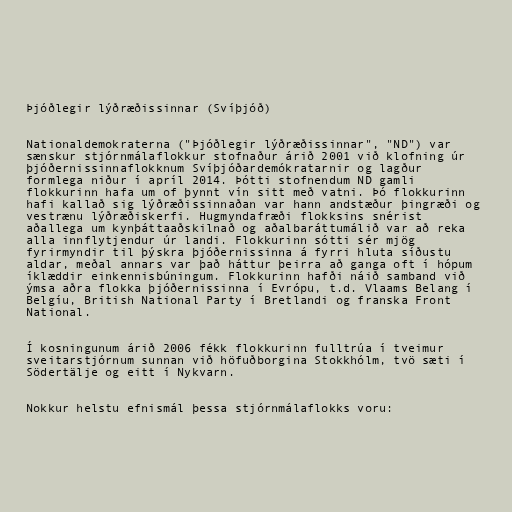
Þjóðlegir lýðræðissinnar (Svíþjóð)

Nationaldemokraterna ("Þjóðlegir lýðræðissinnar", "ND") var
sænskur stjórnmálaflokkur stofnaður árið 2001 við klofning úr
þjóðernissinnaflokknum Svíþjóðardemókratarnir og lagður
formlega niður í apríl 2014. Þótti stofnendum ND gamli
flokkurinn hafa um of þynnt vín sitt með vatni. Þó flokkurinn
hafi kallað sig lýðræðissinnaðan var hann andstæður þingræði og
vestrænu lýðræðiskerfi. Hugmyndafræði flokksins snérist
aðallega um kynþáttaaðskilnað og aðalbaráttumálið var að reka
alla innflytjendur úr landi. Flokkurinn sótti sér mjög
fyrirmyndir til þýskra þjóðernissinna á fyrri hluta síðustu
aldar, meðal annars var það háttur þeirra að ganga oft í hópum
íklæddir einkennisbúningum. Flokkurinn hafði náið samband við
ýmsa aðra flokka þjóðernissinna í Evrópu, t.d. Vlaams Belang í
Belgíu, British National Party í Bretlandi og franska Front
National.

Í kosningunum árið 2006 fékk flokkurinn fulltrúa í tveimur
sveitarstjórnum sunnan við höfuðborgina Stokkhólm, tvö sæti í
Södertälje og eitt í Nykvarn.

Nokkur helstu efnismál þessa stjórnmálaflokks voru: